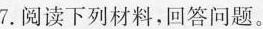
7.阅读下列材料，回答问题。